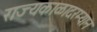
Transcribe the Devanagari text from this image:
राज्यकाळादरम्यान